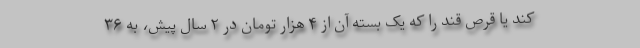
کند یا قرص قند را که یک بسته آن از ۴ هزار تومان در ۲ سال پیش، به ۳۶